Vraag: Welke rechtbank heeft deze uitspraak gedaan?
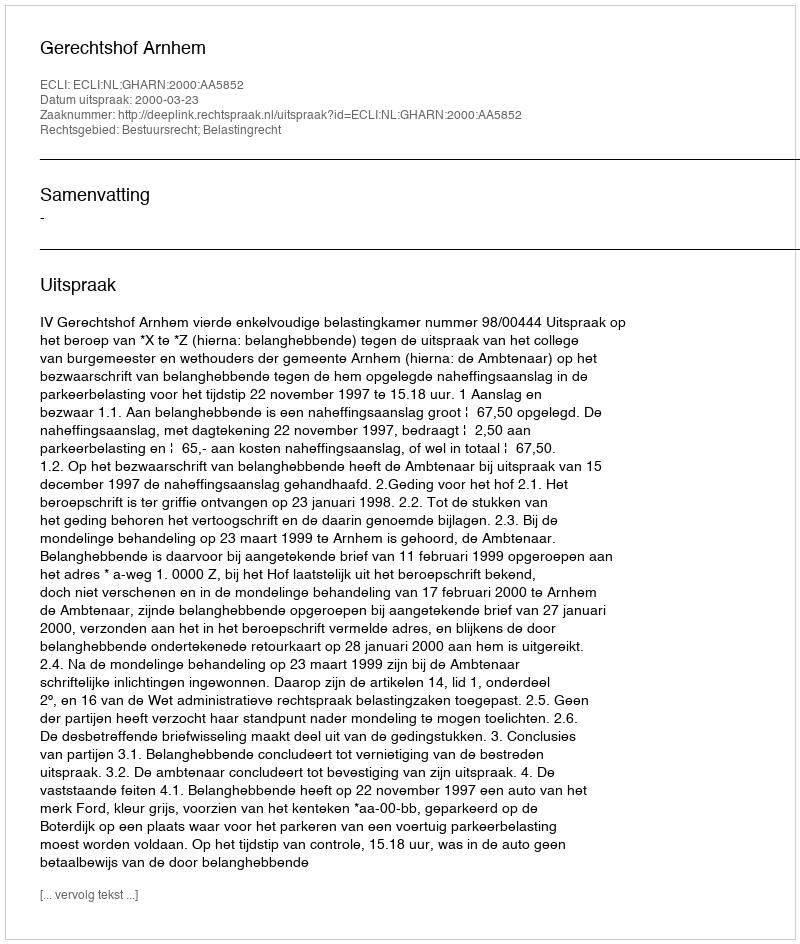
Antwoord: Gerechtshof Arnhem